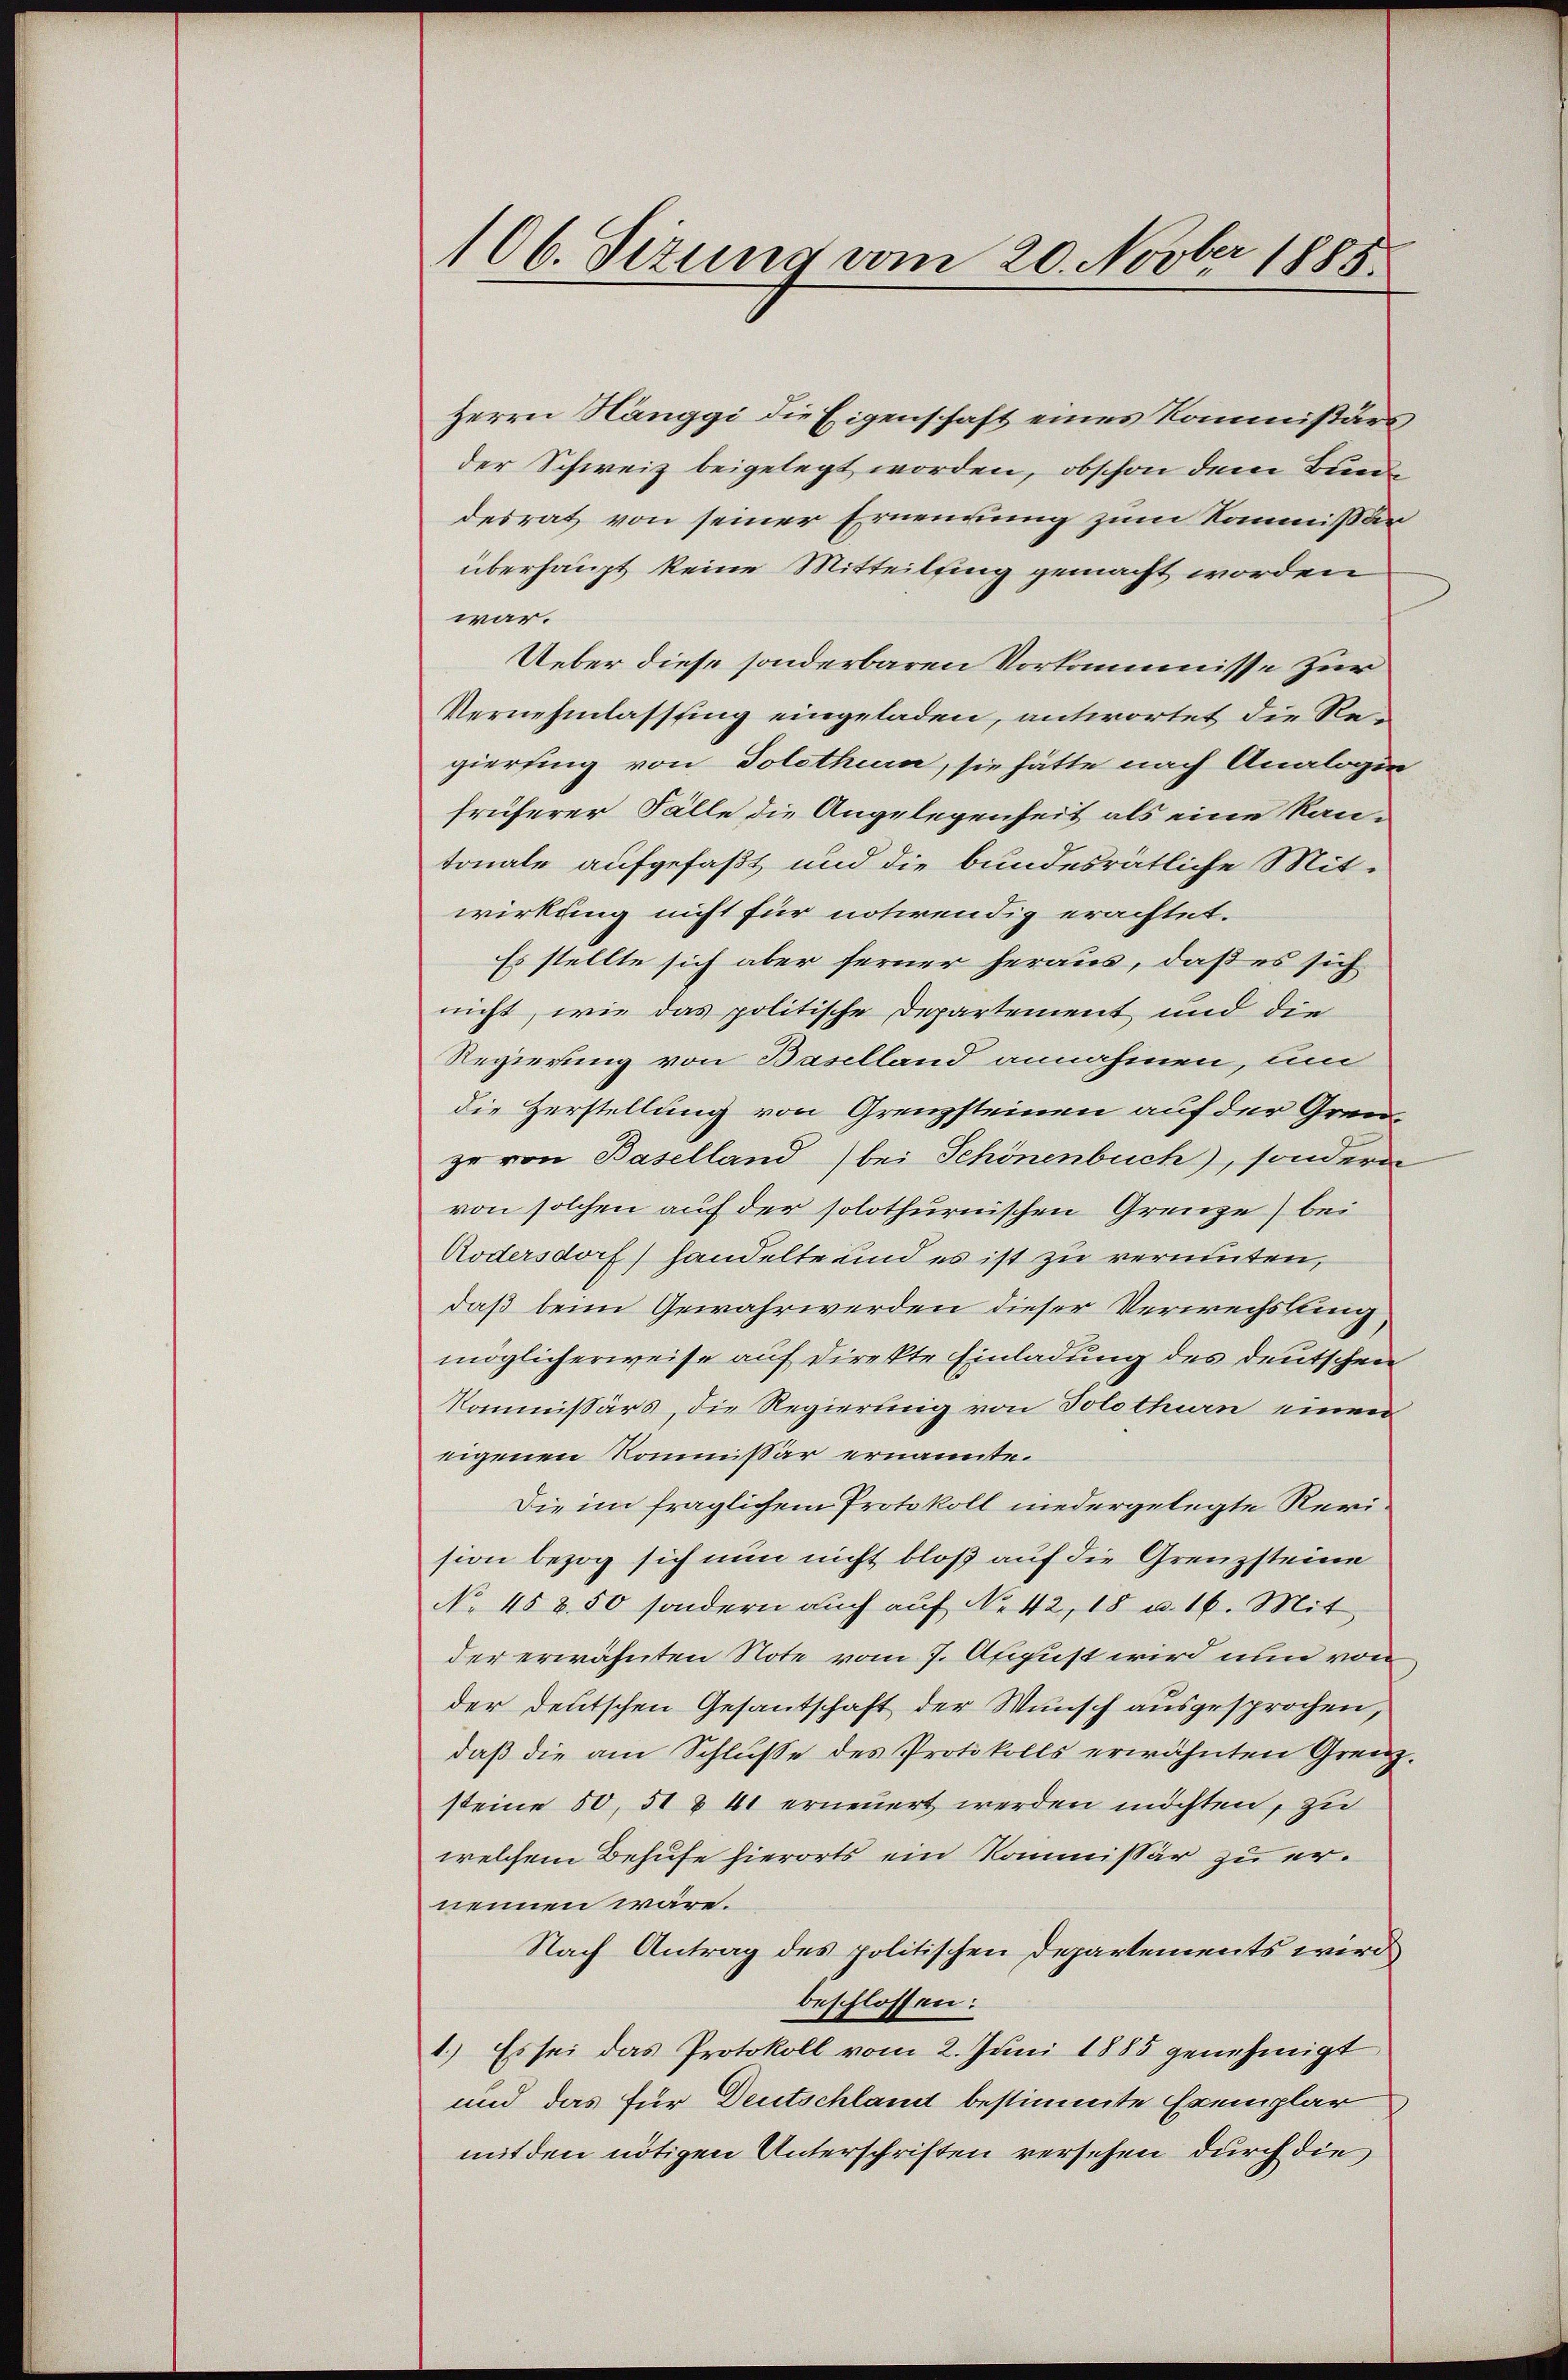
106. Sizung vom 20. Novber 1885.

Herrn Hänggi die Eigenschaft eines Kommissärs
der Schweiz beigelegt worden, obschon dem Bunde
desrat von seiner Ernennung zum Kommissär
überhaupt keine Mitteilfing gemacht worden
war.
Ueber diese sonderbaren Vorkommisse zur
Vernehmlassung eingeladen, antwortet die Regiering von Dolothur, sie hätte nach Analogen
früherer Fälle die Angelegenheit als eine Ran-
tonale aufgefaßt und die bundesrätliche Mit-
wirkung nicht für notirendig erachtet.
Es stellte sich aber ferner heraus, daß es sich
nicht, wie das politische Departement und die
Regierung von Baselland annahmen, um
die Zerstellung von Grenzsteinen auf der Grenze von Baselland) bei Schönenbuch), sondern
von solchen auf der solothurnischen Grenze) bei
Nodersdorf) handelte und es ist zu verminten,
daß beim Gewahrwerden dieser Verwechslung
möglicherweise auf Direkte Einladung des deutschen
Kommissärs, die Regierung von Solothurn einen
eigenen Kommissär ernannte.
Die im fraglichem Protokoll niedergelegte Revision bezog sich nun nicht bloß auf die Grenzsteine
No. 458. 50 sondern auch auf No 42, 18 u. 16. Mit
der erwähnten Note vom 7. August wird nun von
der deutschen Gesantschaft der Wunsch ausgesprochen,
daß die am Schlusse des Protokolls erwähnten Grenzsteine 50, 51 u 41 erneuert werden möchten, zu
welchem Behufe hierorts ein Kommissär zu ernennen wäre.
Nach Antrag des politischen Departements wird
beschlossen:
1.) Es sei das Protokoll vom 2. Juni 1885 genehmigt
und das für Deutschland bestimmte Exemplar
mit den nötigen Unterschriften versehen durch die